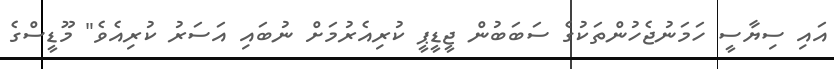
އައި ސިޔާސީ ހަމަނުޖެހުންތަކުގެ ސަަބަބުން ޖީޑީޕީ ކުރިއެރުމަށް ނުބައި އަސަރު ކުރިއެވެ" މޫޑީސްގެ